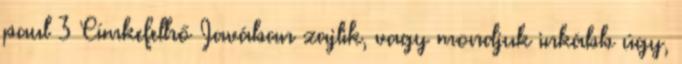
paul 3 Címkefelhő Javában zajlik, vagy mondjuk inkább úgy,